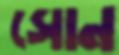
সোন